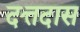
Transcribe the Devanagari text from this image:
दत्तदास